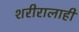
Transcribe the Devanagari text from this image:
शरीरालाही